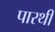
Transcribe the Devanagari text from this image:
पारथी